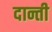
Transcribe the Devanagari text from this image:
दान्ती